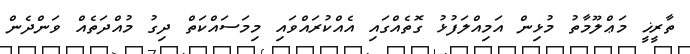
ތާރީޚީ މަޢްލޫމާތު މުޅިން އަމިއްލަފުޅު ގޮތެއްގައި އެއްކުރައްވައި މިމަސައްކަތް ދިގު މުއްދަތެއް ވަންދެން